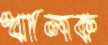
খালক